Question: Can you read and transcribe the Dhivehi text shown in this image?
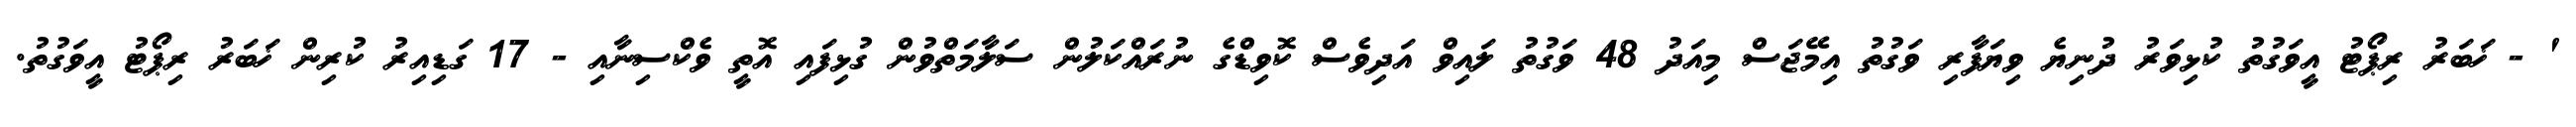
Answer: ' - ޚަބަރު ރިޕޯޓު އީވަގުތު ކުޅިވަރު ދުނިޔެ ވިޔަފާރި ވަގުތު އިމޭޖަސް މިއަދު 48 ވަގުތު ލައިވް އަދިވެސް ކޮވިޑްގެ ނުރައްކަލުން ސަލާމަތްވުން ގުޅިފައި އޮތީ ވެކްސިނާއި - 17 ގަޑިއިރު ކުރިން ޚަބަރު ރިޕޯޓު އީވަގުތު.